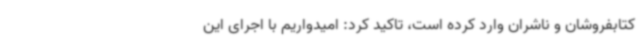
کتابفروشان و ناشران وارد کرده است، تاکید کرد: امیدواریم با اجرای این